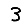
Digit: 3